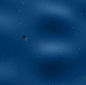
٠